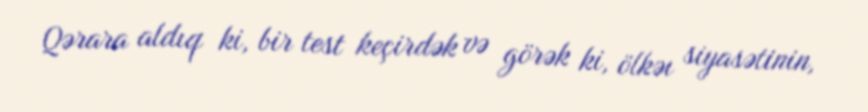
Qərara aldıq ki, bir test keçirdək və görək ki, ölkəı siyasətinin,